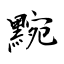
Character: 黦